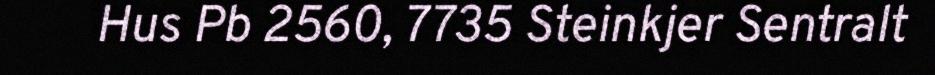
Hus Pb 2560, 7735 Steinkjer Sentralt